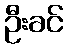
ဦးခင်